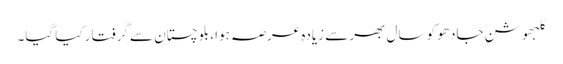
کلبھوشن جادھو کو سال بھر سے زیادہ عرصہ ہوا، بلوچستان سے گرفتار کیا گیا۔